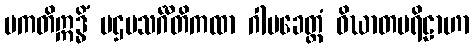
ပကတိဣဒ္ဓိံ ပဌမသင်္ဂီတိကထာ ဂါမခေတ္တံ ဝိဃာတပရိဠာဟာ